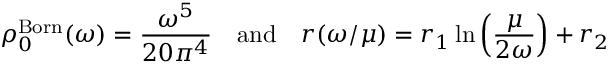
\rho _ { 0 } ^ { \mathrm { B o r n } } ( \omega ) = \frac { \omega ^ { 5 } } { 2 0 \pi ^ { 4 } } \quad \mathrm { a n d } \quad r ( \omega / \mu ) = r _ { 1 } \ln \left( \frac \mu { 2 \omega } \right) + r _ { 2 }